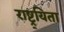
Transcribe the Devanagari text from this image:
राष्ट्र्यिता